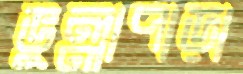
ভুল্লাপাড়া